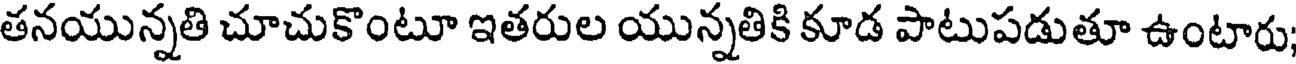
తనయున్నతి చూచుకొంటూ ఇతరుల యున్నతికి కూడ పాటుపడుతూ ఉంటారు